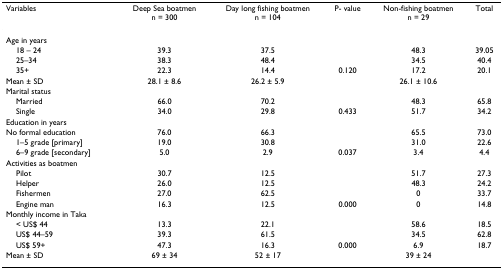
<table><thead><tr><td><b>Variables</b></td><td><b>Deep Sea boatmenn = 300</b></td><td><b>Day long fishing boatmenn = 104</b></td><td><b>P- value</b></td><td><b>Non-fishing boatmenn = 29</b></td><td><b>Total</b></td></tr></thead><tbody><tr><td>Age in years</td><td></td><td></td><td></td><td></td><td></td></tr><tr><td> 18 – 24</td><td>39.3</td><td>37.5</td><td></td><td>48.3</td><td>39.05</td></tr><tr><td> 25–34</td><td>38.3</td><td>48.4</td><td></td><td>34.5</td><td>40.4</td></tr><tr><td> 35+</td><td>22.3</td><td>14.4</td><td>0.120</td><td>17.2</td><td>20.1</td></tr><tr><td>Mean ± SD</td><td>28.1 ± 8.6</td><td>26.2 ± 5.9</td><td></td><td>26.1 ± 10.6</td><td></td></tr><tr><td>Marital status</td><td></td><td></td><td></td><td></td><td></td></tr><tr><td> Married</td><td>66.0</td><td>70.2</td><td></td><td>48.3</td><td>65.8</td></tr><tr><td> Single</td><td>34.0</td><td>29.8</td><td>0.433</td><td>51.7</td><td>34.2</td></tr><tr><td>Education in years</td><td></td><td></td><td></td><td></td><td></td></tr><tr><td>No formal education</td><td>76.0</td><td>66.3</td><td></td><td>65.5</td><td>73.0</td></tr><tr><td> 1–5 grade [primary]</td><td>19.0</td><td>30.8</td><td></td><td>31.0</td><td>22.6</td></tr><tr><td> 6–9 grade [secondary]</td><td>5.0</td><td>2.9</td><td>0.037</td><td>3.4</td><td>4.4</td></tr><tr><td>Activities as boatmen</td><td></td><td></td><td></td><td></td><td></td></tr><tr><td> Pilot</td><td>30.7</td><td>12.5</td><td></td><td>51.7</td><td>27.3</td></tr><tr><td> Helper</td><td>26.0</td><td>12.5</td><td></td><td>48.3</td><td>24.2</td></tr><tr><td> Fishermen</td><td>27.0</td><td>62.5</td><td></td><td>0</td><td>33.7</td></tr><tr><td> Engine man</td><td>16.3</td><td>12.5</td><td>0.000</td><td>0</td><td>14.8</td></tr><tr><td>Monthly income in Taka</td><td></td><td></td><td></td><td></td><td></td></tr><tr><td> &lt; US$ 44</td><td>13.3</td><td>22.1</td><td></td><td>58.6</td><td>18.5</td></tr><tr><td> US$ 44–59</td><td>39.3</td><td>61.5</td><td></td><td>34.5</td><td>62.8</td></tr><tr><td> US$ 59+</td><td>47.3</td><td>16.3</td><td>0.000</td><td>6.9</td><td>18.7</td></tr><tr><td>Mean ± SD</td><td>69 ± 34</td><td>52 ± 17</td><td></td><td>39 ± 24</td><td></td></tr></tbody></table>